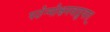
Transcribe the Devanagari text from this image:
पठेन्मोक्षमवाप्नुयात्